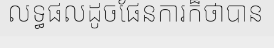
លទ្ធផលដូចផែនការក៏ថាបាន